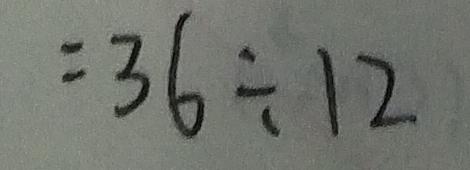
= 3 6 \div 1 2